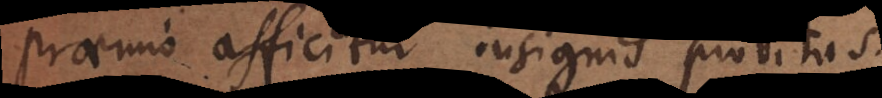
Praemio afficitur insignis probitas,